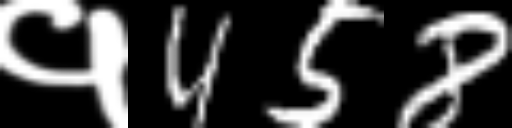
Text: १458